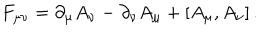
LaTeX: F _ { \mu \nu } = \partial _ { \mu } A _ { \nu } - \partial _ { \nu } A _ { \mu } + [ A _ { \mu } , A _ { \nu } ] \, .